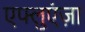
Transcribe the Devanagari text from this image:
एफ्लुएंज़ा